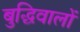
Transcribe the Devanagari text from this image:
बुद्धिवालों